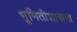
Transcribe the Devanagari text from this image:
भूमितीशास्त्रात